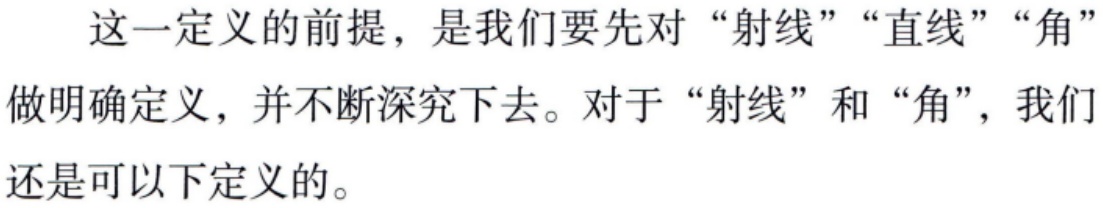
这一定义的前提，是我们要先对“射线”“直线”“角”做明确定义，并不断深究下去。对于“射线”和“角”，我们还是可以下定义的。